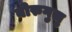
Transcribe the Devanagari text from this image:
बोरुगुलु